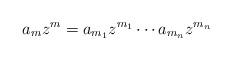
LaTeX: \begin{align*} a_m z^m = a_{m_1} z^{m_1} \cdots a_{m_n} z^{m_n}\end{align*}